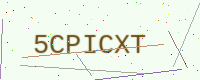
Text: 5CPICXT